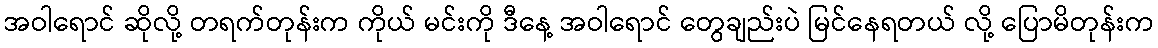
အဝါရောင် ဆိုလို့ တရက်တုန်းက ကိုယ် မင်းကို ဒီနေ့ အဝါရောင် တွေချည်းပဲ မြင်နေရတယ် လို့ ပြောမိတုန်းက